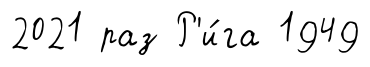
2021 раз Р'и́га 1949